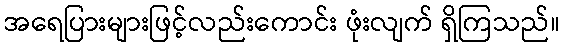
အရေပြားများဖြင့်လည်းကောင်း ဖုံးလျက် ရှိကြသည်။